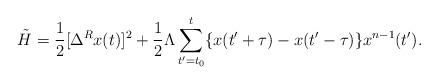
LaTeX: \begin{align*}\tilde{H}=\frac{1}{2}[\Delta^Rx(t)]^2+\frac{1}{2}\Lambda \sum_{t^{\prime}=t_0}^{t}\{x(t^{\prime}+\tau)-x(t^{\prime}-\tau)\}x^{n-1}(t^{\prime}).\end{align*}